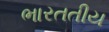
ભારતતીય